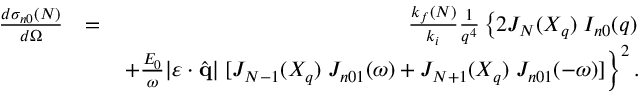
\begin{array} { r l r } { \frac { d { \sigma } _ { n 0 } ( N ) } { d \Omega } } & { = } & { \frac { k _ { f } ( N ) } { k _ { i } } \frac { 1 } { q ^ { 4 } } \left\{ 2 J _ { N } ( X _ { q } ) \; { \cal I } _ { n 0 } ( q ) \right. } \\ & { } & { \left. + \frac { { \cal E } _ { 0 } } { \omega } | \boldsymbol { \varepsilon } \cdot { \hat { \mathbf { q } } } | \; [ J _ { N - 1 } ( X _ { q } ) \; { \cal J } _ { n 0 1 } ( \omega ) + J _ { N + 1 } ( X _ { q } ) \; { \cal J } _ { n 0 1 } ( - \omega ) ] \right\} ^ { 2 } . } \end{array}